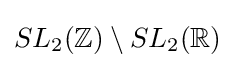
SL_{2}(\mathbb {Z} )\setminus SL_{2}(\mathbb {R} )